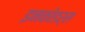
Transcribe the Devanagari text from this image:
इनकोडर्स